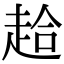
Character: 䞩